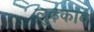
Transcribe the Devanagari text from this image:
लुढ़काव